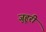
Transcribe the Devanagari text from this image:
जुहूरी